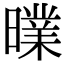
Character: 曗